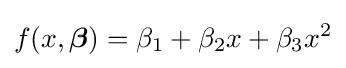
f(x,{\boldsymbol {\beta }})=\beta _{1}+\beta _{2}x+\beta _{3}x^{2}